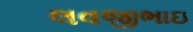
લવજીભાઇ